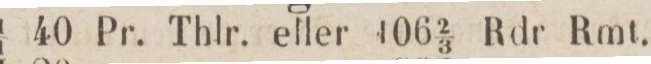
1/1 40 Pr. Thlr. eller 106 ⅔ Rdr Rmt.